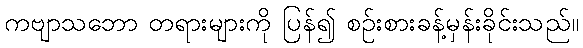
ကဗျာသဘော တရားများကို ပြန်၍ စဉ်းစားခန့်မှန်းခိုင်းသည်။